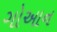
ગોઆન